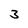
Character: 3